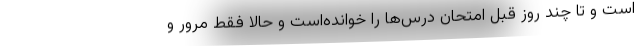
است و تا چند روز قبل امتحان درس‌ها را خوانده‌است و حالا فقط مرور و